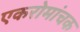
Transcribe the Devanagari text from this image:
एकरोमांचक